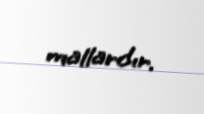
mallardır.